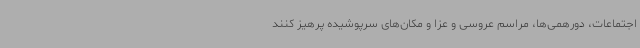
اجتماعات، دورهمی‌ها، مراسم عروسی و عزا و مکان‌های سرپوشیده پرهیز کنند